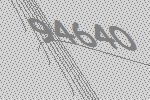
94640